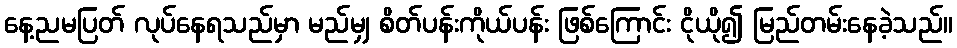
နေ့ညမပြတ် လုပ်နေရသည်မှာ မည်မျှ စိတ်ပန်းကိုယ်ပန်း ဖြစ်ကြောင်း ငိုယို၍ မြည်တမ်းနေခဲ့သည်။